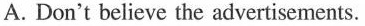
A.Don't believe the advertisements.